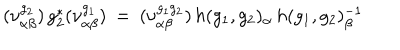
( \nu _ { \alpha \beta } ^ { g _ { 2 } } ) \, g _ { 2 } ^ { * } ( \nu _ { \alpha \beta } ^ { g _ { 1 } } ) \: = \: ( \nu _ { \alpha \beta } ^ { g _ { 1 } g _ { 2 } } ) \, h ( g _ { 1 } , g _ { 2 } ) _ { \alpha } \, h ( g _ { 1 } , g _ { 2 } ) _ { \beta } ^ { - 1 }